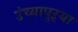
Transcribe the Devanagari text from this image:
उंच्यापुऱ्या